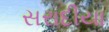
સરાદીયા